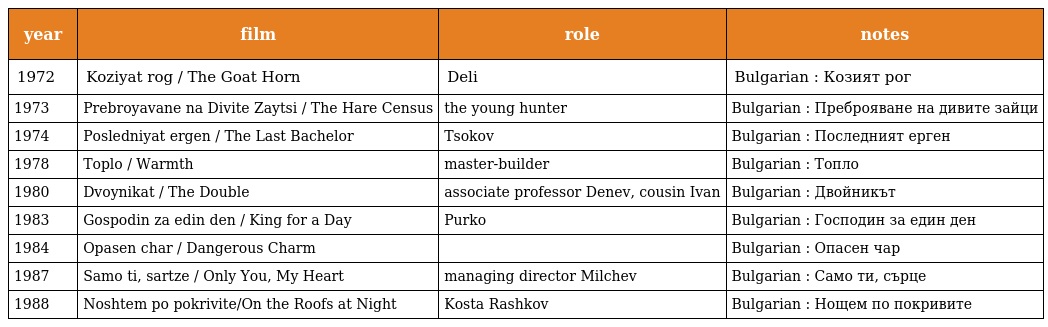
| year | film | role | notes |
 | --- | --- | --- | --- |
 | 1972 | Koziyat rog / The Goat Horn | Deli | Bulgarian : Козият рог |
 | 1973 | Prebroyavane na Divite Zaytsi / The Hare Census | the young hunter | Bulgarian : Преброяване на дивите зайци |
 | 1974 | Posledniyat ergen / The Last Bachelor | Tsokov | Bulgarian : Последният ерген |
 | 1978 | Toplo / Warmth | master-builder | Bulgarian : Топло |
 | 1980 | Dvoynikat / The Double | associate professor Denev, cousin Ivan | Bulgarian : Двойникът |
 | 1983 | Gospodin za edin den / King for a Day | Purko | Bulgarian : Господин за един ден |
 | 1984 | Opasen char / Dangerous Charm |  | Bulgarian : Опасен чар |
 | 1987 | Samo ti, sartze / Only You, My Heart | managing director Milchev | Bulgarian : Само ти, сърце |
 | 1988 | Noshtem po pokrivite/On the Roofs at Night | Kosta Rashkov | Bulgarian : Нощем по покривите |